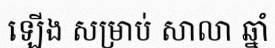
ឡើង សម្រាប់ សាលា ឆ្នាំ